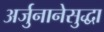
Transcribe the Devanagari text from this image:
अर्जुनानेसुद्धा